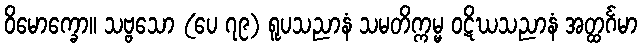
ဝိမောက္ခော။ သဗ္ဗသော (ပေ ၇၉) ရူပသညာနံ သမတိက္ကမ္မ ဝဋိဃသညာနံ အတ္ထင်္ဂမာ